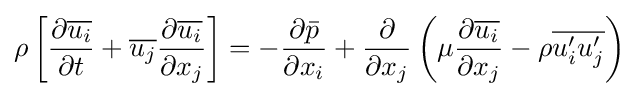
\rho \left[{\frac {\partial {\overline {u_{i}}}}{\partial t}}+{\overline {u_{j}}}{\frac {\partial {\overline {u_{i}}}}{\partial x_{j}}}\right]=-{\frac {\partial {\bar {p}}}{\partial x_{i}}}+{\frac {\partial }{\partial x_{j}}}\left(\mu {\frac {\partial {\overline {u_{i}}}}{\partial x_{j}}}-\rho {\overline {u_{i}'u_{j}'}}\right)